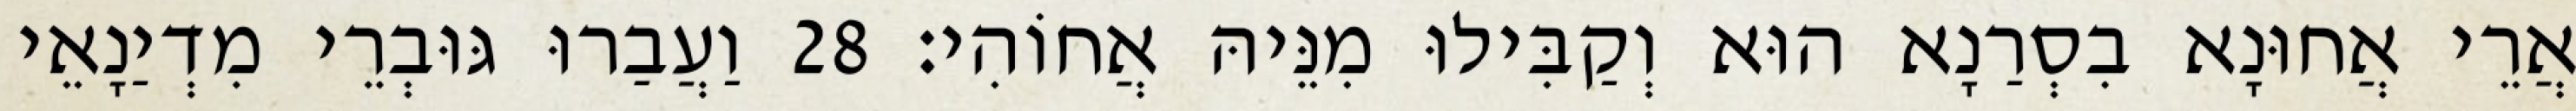
אֲרֵי אֲחוּנָא בִסְרַנָא הוּא וְקַבִּילוּ מִנֵּיהּ אֲחוֹהִי׃ 28 וַעֲבַרוּ גּוּבְרֵי מִדְיַנָאֵי